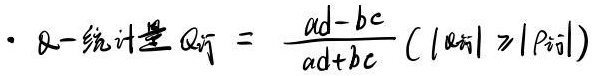
$\cdot \ \mathrm{Q}-\mathrm{统计量} \ Q_{ij}=\frac{ad - bc}{ad + bc}(|Q_{ij}|\geqslant |P_{ij}|)$